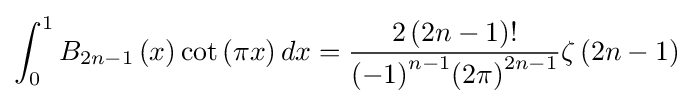
\int _{0}^{1}{{{B}_{2n-1}}\left(x\right)\cot \left(\pi x\right)dx}={\frac {2\left(2n-1\right)!}{{{\left(-1\right)}^{n-1}}{{\left(2\pi \right)}^{2n-1}}}}\zeta \left(2n-1\right)